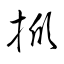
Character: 掀